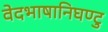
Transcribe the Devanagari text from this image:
वेदभाषानिघण्टु